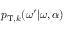
p _ { \mathrm { T } , k } ( \omega ^ { \prime } \vert \omega , \alpha )